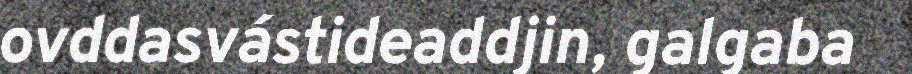
ovddasvástideaddjin, galgaba